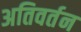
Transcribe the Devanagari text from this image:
अतिवर्तन